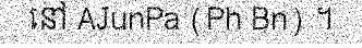
នៅ AJunPa (Ph Bn) ។